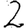
Digit: 2